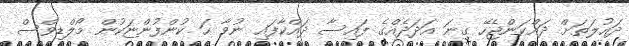
ދައުލަތަށް ދައްކަންޖެހޭ ގިނަ އަދަދެއްގެ ފައިސާ ދައްކާފައި ނުވާ ހަ ކުންފުންޏަކުން މޯލްޑިވްސް